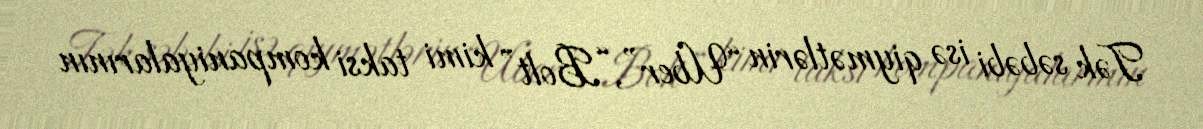
Tək səbəbi isə qiymətlərin “Uber”, “Bolt” kimi taksi kompaniyalarının